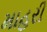
માહરી